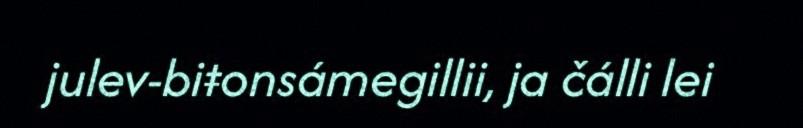
julev-biŧonsámegillii, ja čálli lei